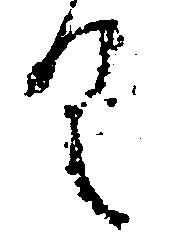
具